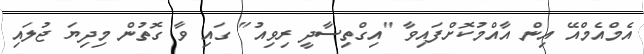
އެމްއެމްއޭ އިން އާއްމުކޮށްފައިވާ "އިގްތިސާދީ ރިވިއު" ގައި ވާ ގޮތުން މިދިޔަ ޖުލައި